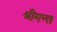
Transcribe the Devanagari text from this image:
श्रीमन्त